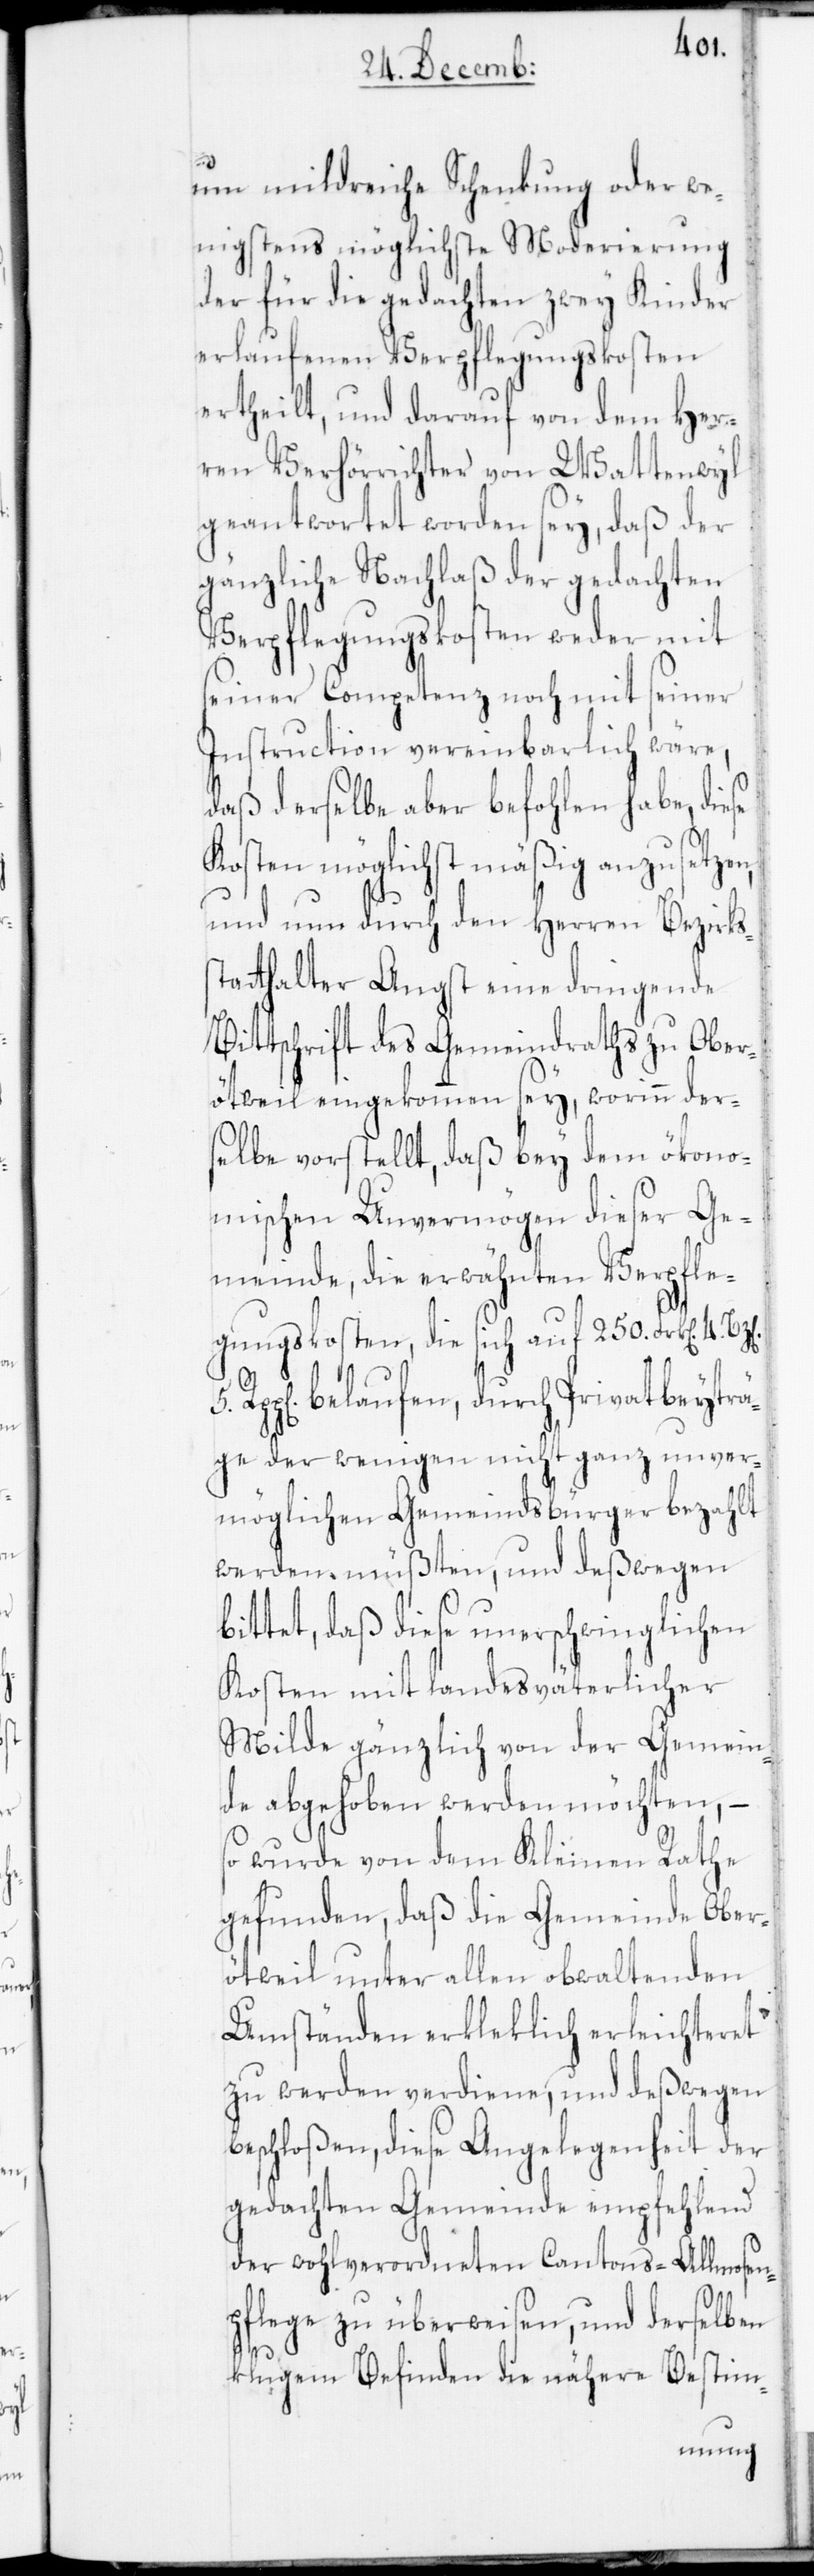
um mildreiche Schenkung oder we¬
nigstens möglichste Moderierung
der für die gedachten zwey Kinder
erlaufenen Verpflegungskosten
ertheilt, und darauf von dem Her¬
ren Verhörrichter von Wattenwyl
geantwortet worden sey, daß der
gänzliche Nachlaß der gedachten
Verpflegungskosten weder mit
seiner Competenz noch mit seiner
Instruction vereinbarlich wäre,
daß derselbe aber befohlen habe, diese
Kosten möglichst mäßig anzusetzen,
und nun durch den Herren Bezirks¬
tatthalter Angst eine dringende
Bittschrift des Gemeindraths zu Ober¬
ötweil eingekommen sey, worinn der¬
selbe vorstellt, daß bey dem ökono¬
mischen Unvermögen dieser Ge¬
meinde, die erwähnten Verpfle¬
gungskosten, die sich auf 250. Frk[en] 4.
Rpp[en] belaufen, durch Privatbeyträ¬
ge der wenigen nicht ganz unver¬
möglichen Gemeindsbürger bezahlt
werden müßten, und deßwegen
ittet, daß diese unerschwinglichen
Kosten mit landesväterlicher
Milde gänzlich von der Gemein¬
de abgehoben werden möchten, –
so wurde von dem Kleinen Rathe
gefunden, daß die Gemeinde Ober¬
ötweil unter allen obwaltenden
Umständen erkleklich erleichteret
zu werden verdiene, und deßwegen
beschloßen, diese Angelegenheit der
gedachten Gemeinde empfehlend
der wohlverordneten Cantons-Allmosen¬
pflege zu überweisen, und derselben
b¬
klugem Befinden die nähere Bestim-